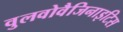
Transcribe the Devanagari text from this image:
वुलवोवैजिनाइटिस